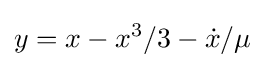
y=x-x^{3}/3-{\dot {x}}/\mu